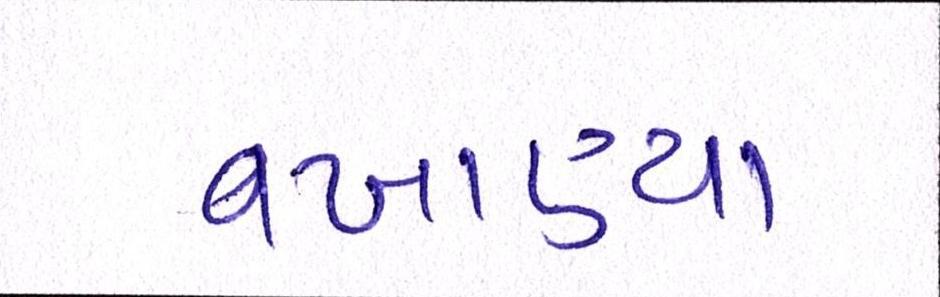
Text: વખાણ્યા